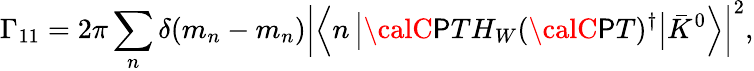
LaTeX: \Gamma_{11}=2\pi\sum_{n}\delta(m_{n}-m_{n})\left|\left<n\left|{\calC\mathsf{P}T}H_{W}({\calC\mathsf{P}T})^{\dagger}\right|\bar{{K}}^{0}\right>\right|^{2},